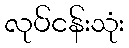
လုပ်ငန်းသုံး